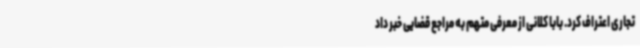
تجاری اعتراف کرد. بابا کلانی از معرفی متهم به مراجع قضایی خبر داد